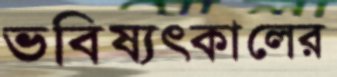
ভবিষ্যৎকালের